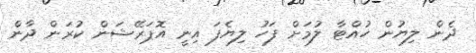
ދެން ލިޔުން ހުއްޓާ ލުމަށް ފަހު ލިޔެފަ އިނީ އޮޕަރޭޝަން ކުރަން ދާން